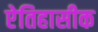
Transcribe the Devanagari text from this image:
एेतिहासीक